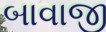
બાવાજી